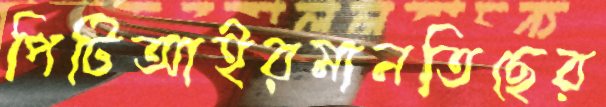
পিটিআইরমানতিছের